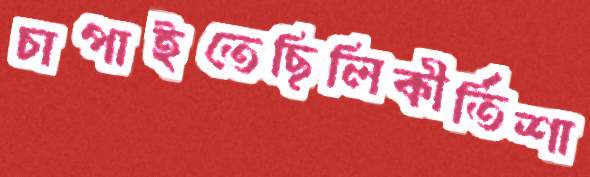
চাপাইতেছিলিকীর্তিশা